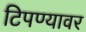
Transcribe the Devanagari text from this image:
टिपण्यावर